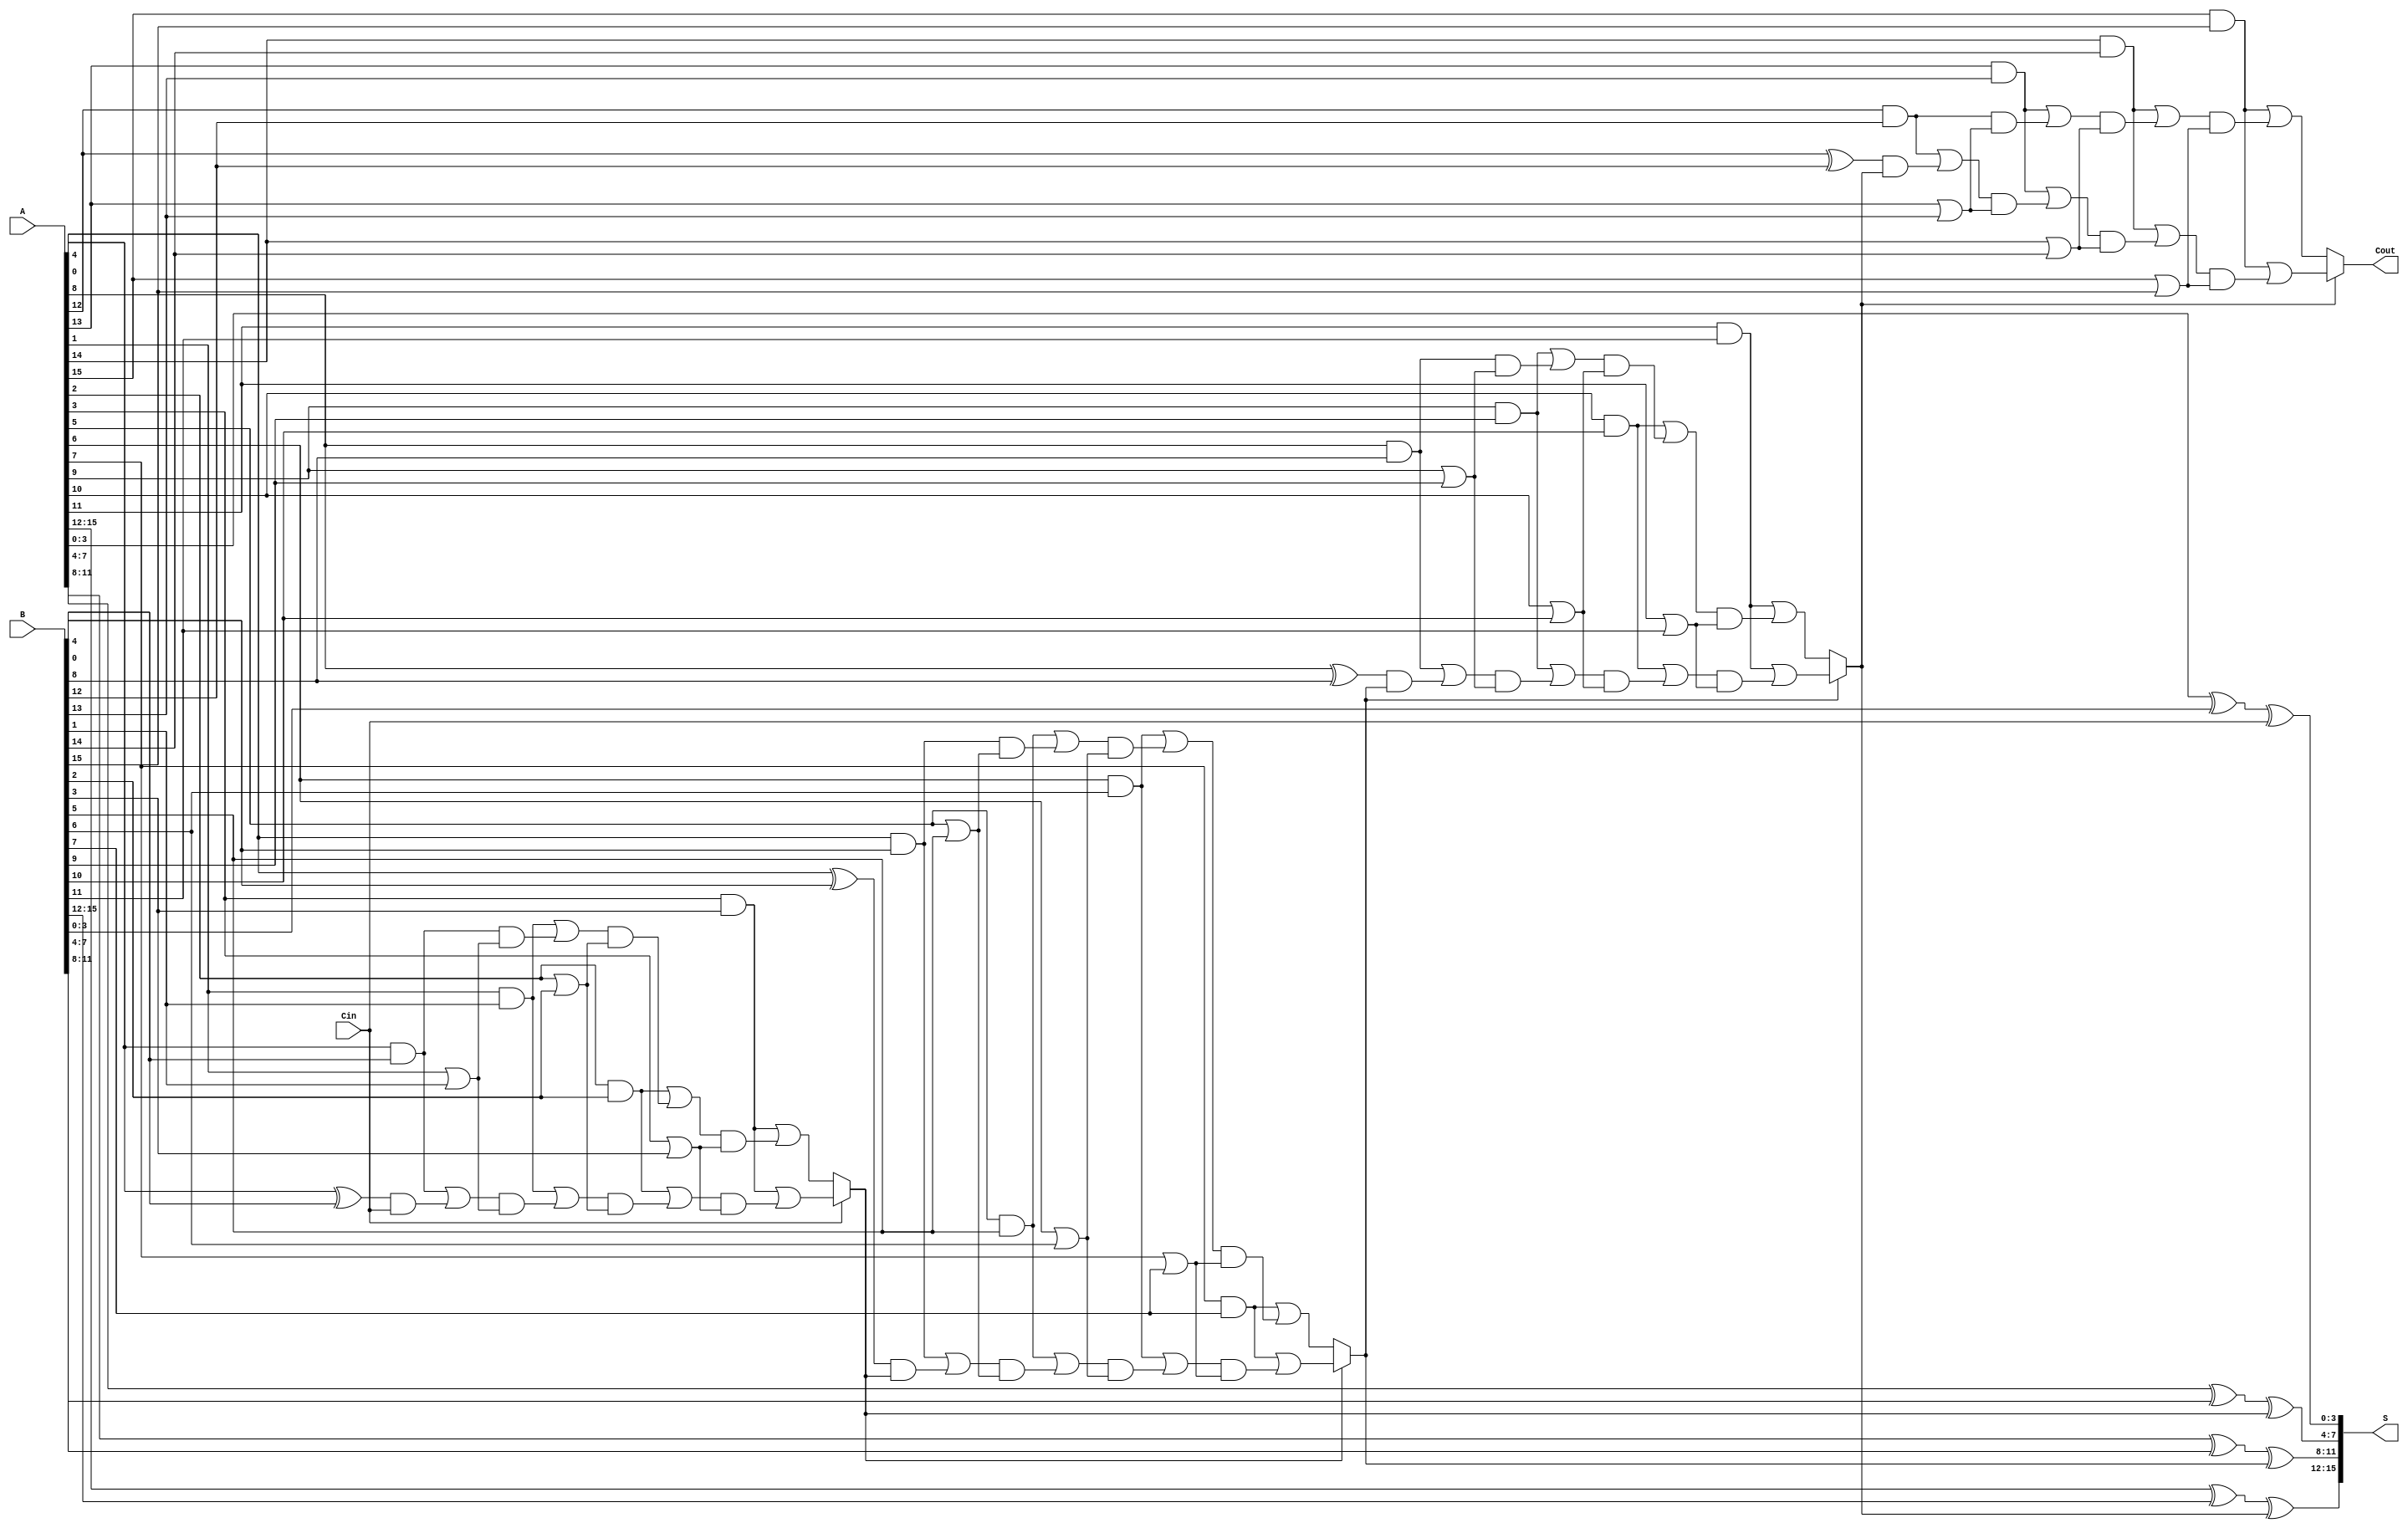
module HybridCarrySelectAdder #(parameter N = 16) (
    input  [N-1:0] A,      // First n-bit input
    input  [N-1:0] B,      // Second n-bit input
    input          Cin,     // Carry-in
    output [N-1:0] S,      // n-bit sum output
    output         Cout     // Carry-out
);

    localparam BLOCK_SIZE = 4; // Size of each block
    localparam NUM_BLOCKS = N / BLOCK_SIZE;

    wire [BLOCK_SIZE-1:0] sum[NUM_BLOCKS-1:0];
    wire [NUM_BLOCKS:0] carry_out; // Carry-out from each block
    wire [NUM_BLOCKS-1:0] carry_in; // Carry-in for each block
    wire [BLOCK_SIZE-1:0] carry0[NUM_BLOCKS-1:0]; // Carry-out when Cin = 0
    wire [BLOCK_SIZE-1:0] carry1[NUM_BLOCKS-1:0]; // Carry-out when Cin = 1

    // Generate carry and sum for each block
    genvar i, j;
    generate
        for (i = 0; i < NUM_BLOCKS; i = i + 1) begin : block
            // Calculate carry-out for both scenarios
            for (j = 0; j < BLOCK_SIZE; j = j + 1) begin : bit
                if (j == 0) begin
                    assign carry0[i][j] = A[i*BLOCK_SIZE+j] & B[i*BLOCK_SIZE+j];
                    assign carry1[i][j] = A[i*BLOCK_SIZE+j] & B[i*BLOCK_SIZE+j] | (A[i*BLOCK_SIZE+j] ^ B[i*BLOCK_SIZE+j]) & carry_in[i];
                end else begin
                    assign carry0[i][j] = (A[i*BLOCK_SIZE+j] & B[i*BLOCK_SIZE+j]) | (carry0[i][j-1] & (A[i*BLOCK_SIZE+j] | B[i*BLOCK_SIZE+j]));
                    assign carry1[i][j] = (A[i*BLOCK_SIZE+j] & B[i*BLOCK_SIZE+j]) | (carry1[i][j-1] & (A[i*BLOCK_SIZE+j] | B[i*BLOCK_SIZE+j]));
                end
            end

            // Select carry based on carry-in
            assign carry_out[i] = carry_in[i] ? carry1[i][BLOCK_SIZE-1] : carry0[i][BLOCK_SIZE-1];

            // Calculate sum
            assign sum[i] = A[i*BLOCK_SIZE +: BLOCK_SIZE] ^ B[i*BLOCK_SIZE +: BLOCK_SIZE] ^ carry_in[i];
        end
    endgenerate

    // Assign final carry-in for the next block
    assign carry_in[0] = Cin;

    // Connect carry-in for subsequent blocks
    generate
        for (i = 1; i < NUM_BLOCKS; i = i + 1) begin : carry_select
            assign carry_in[i] = carry_out[i-1];
        end
    endgenerate

    // Concatenate sum outputs
    generate
        for (i = 0; i < NUM_BLOCKS; i = i + 1) begin : sum_concat
            assign S[i*BLOCK_SIZE +: BLOCK_SIZE] = sum[i];
        end
    endgenerate

    // Final carry-out
    assign Cout = carry_out[NUM_BLOCKS-1];

endmodule